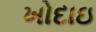
ખોદાઇ